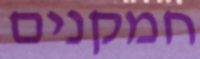
חמקנים